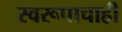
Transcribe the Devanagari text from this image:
स्वरूपाचाही